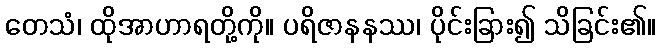
တေသံ၊ ထိုအာဟာရတို့ကို။ ပရိဇာနနဿ၊ ပိုင်းခြား၍ သိခြင်း၏။